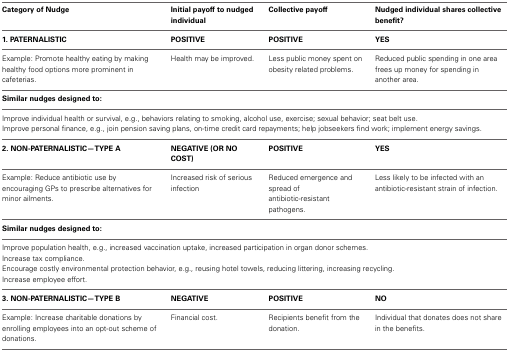
<table><thead><tr><td><b>Category of Nudge</b></td><td><b>Initial payoff to nudged individual</b></td><td><b>Collective payoff</b></td><td><b>Nudged individual shares collective benefit?</b></td></tr></thead><tbody><tr><td><b>1. PATERNALISTIC</b></td><td><b>POSITIVE</b></td><td><b>POSITIVE</b></td><td><b>YES</b></td></tr><tr><td>Example: Promote healthy eating by making healthy food options more prominent in cafeterias.</td><td>Health may be improved.</td><td>Less public money spent on obesity related problems.</td><td>Reduced public spending in one area frees up money for spending in another area.</td></tr><tr><td colspan="4"><b>Similar nudges designed to:</b></td></tr><tr><td colspan="4">Improve individual health or survival, e.g., behaviors relating to smoking, alcohol use, exercise; sexual behavior; seat belt use.</td></tr><tr><td colspan="4">Improve personal finance, e.g., join pension saving plans, on-time credit card repayments; help jobseekers find work; implement energy savings.</td></tr><tr><td><b>2. NON-PATERNALISTIC—TYPE A</b></td><td><b>NEGATIVE (OR NO COST)</b></td><td><b>POSITIVE</b></td><td><b>YES</b></td></tr><tr><td>Example: Reduce antibiotic use by encouraging GPs to prescribe alternatives for minor ailments.</td><td>Increased risk of serious infection</td><td>Reduced emergence and spread of antibiotic-resistant pathogens.</td><td>Less likely to be infected with an antibiotic-resistant strain of infection.</td></tr><tr><td colspan="4"><b>Similar nudges designed to:</b></td></tr><tr><td colspan="4">Improve population health, e.g., increased vaccination uptake, increased participation in organ donor schemes.</td></tr><tr><td colspan="4">Increase tax compliance.</td></tr><tr><td colspan="4">Encourage costly environmental protection behavior, e.g., reusing hotel towels, reducing littering, increasing recycling.</td></tr><tr><td colspan="4">Increase employee effort.</td></tr><tr><td><b>3. NON-PATERNALISTIC—TYPE B</b></td><td><b>NEGATIVE</b></td><td><b>POSITIVE</b></td><td><b>NO</b></td></tr><tr><td>Example: Increase charitable donations by enrolling employees into an opt-out scheme of donations.</td><td>Financial cost.</td><td>Recipients benefit from the donation.</td><td>Individual that donates does not share in the benefits.</td></tr></tbody></table>